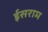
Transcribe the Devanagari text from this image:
ईसराम